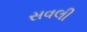
સવલી